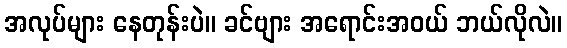
အလုပ်များ နေတုန်းပဲ။ ခင်ဗျား အရောင်းအဝယ် ဘယ်လိုလဲ။